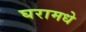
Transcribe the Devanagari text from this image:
घरामधे